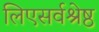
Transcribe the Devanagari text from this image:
लिएसर्वश्रेष्ठ